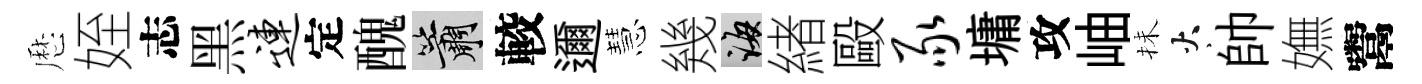
厯姪志黑连定醜簫較邇慧幾誨緖毆豕墉攻岫抺火帥嫵鬻